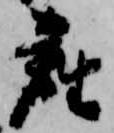
座